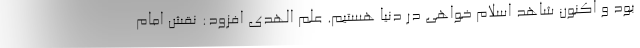
بود و اکنون شاهد اسلام خواهی در دنیا هستیم. علم الهدی افزود: نقش امام